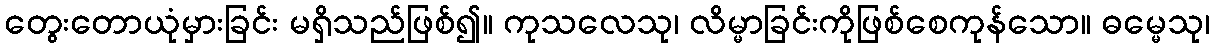
တွေးတောယုံမှားခြင်း မရှိသည်ဖြစ်၍။ ကုသလေသု၊ လိမ္မာခြင်းကိုဖြစ်စေကုန်သော။ ဓမ္မေသု၊